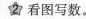
2 看图写数。